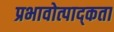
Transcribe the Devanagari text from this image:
प्रभावोत्पाद्कता